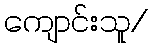
ကျောင်းသူ/